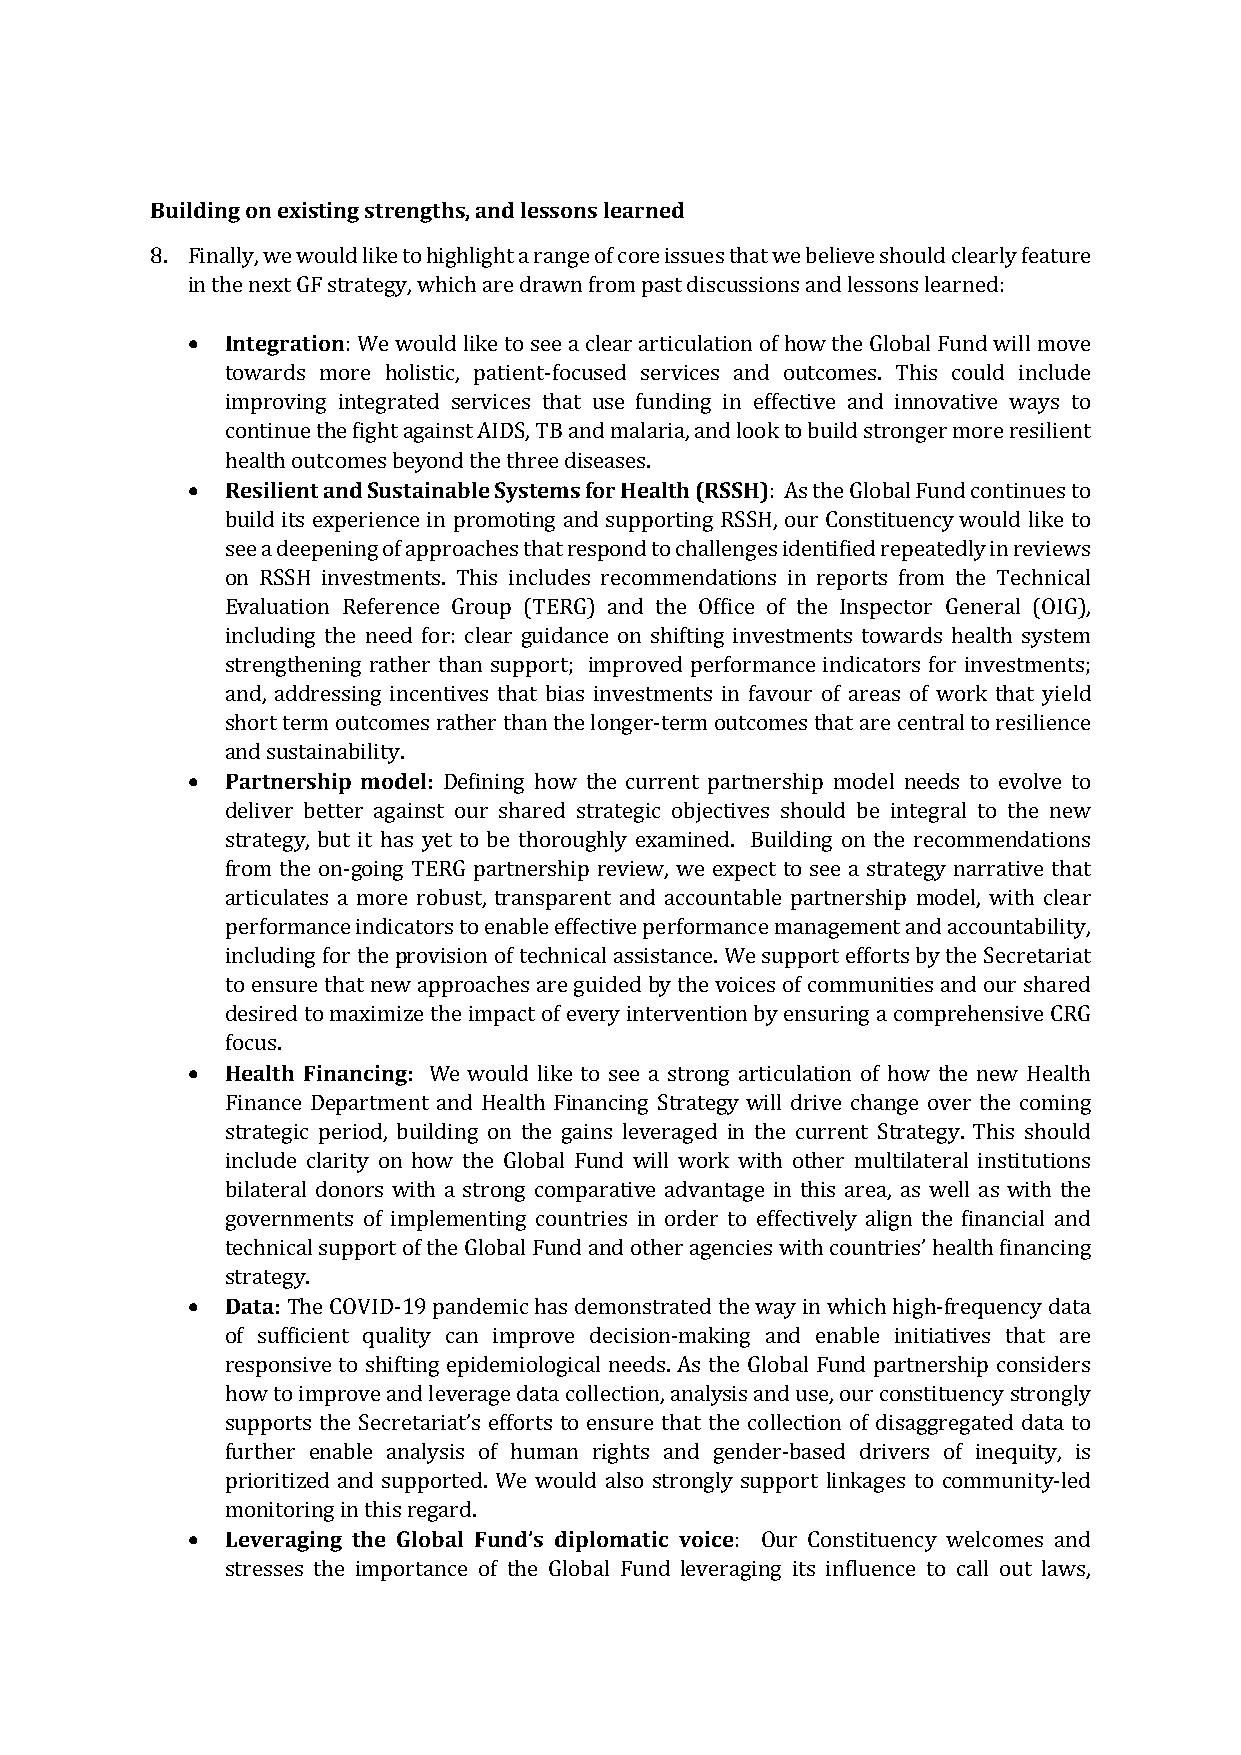
Building on existing strengths, and lessons learned
 8. Finally, we would like to highlight a range of core issues that we believe should clearly feature
 in the next GF strategy, which are drawn from past discussions and lessons learned:
 •  Integration
 : We would like to see a clear articulation of how the Global Fund will move
 towards more holistic, patient-focused services and outcomes. This could include
 improving integrated services that use funding in effective and innovative ways to
 continue the fight against AIDS, TB and malaria, and look to build stronger more resilient
 •  Resilient and Sustainable Systems for Health (RSSH)
 health outcomes beyond the three diseases.
 : As the Global Fund continues to
 build its experience in promoting and supporting RSSH, our Constituency would like to
 see a deepening of approaches that respond to challenges identified repeatedly in reviews
 on RSSH investments. This includes recommendations in reports from the Technical
 Evaluation Reference Group (TERG) and the Office of the Inspector General (OIG),
 including the need for: clear guidance on shifting investments towards health system
 strengthening rather than support; improved performance indicators for investments;
 and, addressing incentives that bias investments in favour of areas of work that yield
 short term outcomes rather than the longer-term outcomes that are central to resilience
 •  Partnership model:
 and sustainability.
 Defining how the current partnership model needs to evolve to
 deliver better against our shared strategic objectives should be integral to the new
 strategy, but it has yet to be thoroughly examined. Building on the recommendations
 from the on-going TERG partnership review, we expect to see a strategy narrative that
 articulates a more robust, transparent and accountable partnership model, with clear
 performance indicators to enable effective performance management and accountability,
 including for the provision of technical assistance. We support efforts by the Secretariat
 to ensure that new approaches are guided by the voices of communities and our shared
 desired to maximize the impact of every intervention by ensuring a comprehensive CRG
 •  Health Financing:
 focus.
 We would like to see a strong articulation of how the new Health
 Finance Department and Health Financing Strategy will drive change over the coming
 strategic period, building on the gains leveraged in the current Strategy. This should
 include clarity on how the Global Fund will work with other multilateral institutions
 bilateral donors with a strong comparative advantage in this area, as well as with the
 governments of implementing countries in order to effectively align the financial and
 technical support of the Global Fund and other agencies with countries’ health financing
 •  Data:
 strategy.
 The COVID-19 pandemic has demonstrated the way in which high-frequency data
 of sufficient quality can improve decision-making and enable initiatives that are
 responsive to shifting epidemiological needs. As the Global Fund partnership considers
 how to improve and leverage data collection, analysis and use, our constituency strongly
 supports the Secretariat’s efforts to ensure that the collection of disaggregated data to
 further enable analysis of human rights and gender-based drivers of inequity, is
 prioritized and supported. We would also strongly support linkages to community-led
 •  Leveraging the Global Fund’s diplomatic voice
 monitoring in this regard.
 : Our Constituency welcomes and
 stresses the importance of the Global Fund leveraging its influence to call out laws,